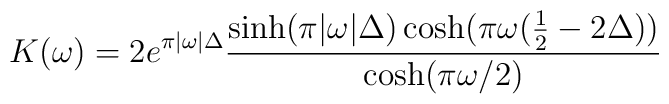
K(\omega )=2e^{\pi |\omega |\Delta }\frac{\sinh (\pi |\omega |\Delta )\cosh(\pi \omega (\frac{1}{2}-2\Delta ))}{\cosh (\pi \omega /2)}